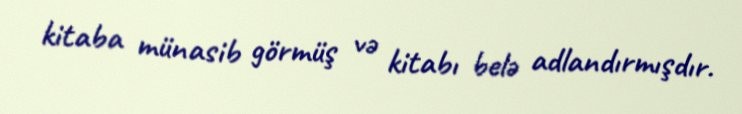
kitaba münasib görmüş və kitabı belə adlandırmışdır.